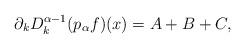
LaTeX: \begin{align*}\partial_k D_k^{\alpha-1}(p_\alpha f)(x) = A + B + C,\end{align*}